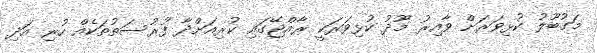
މަގުބޫލު ކުޅިވަރަށް ވާއިރު މޫދު ކުޅިވަރަކީ ރާއްޖޭގައި ކުރިއަށްދާ ފުރުސަތުތަކެއް ހުރި އަދި